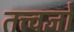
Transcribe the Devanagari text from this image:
तत्त्वज्ञो